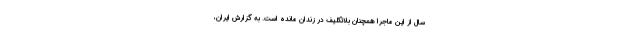
سال از این ماجرا همچنان بلاتکلیف در زندان مانده است. به گزارش ایران،